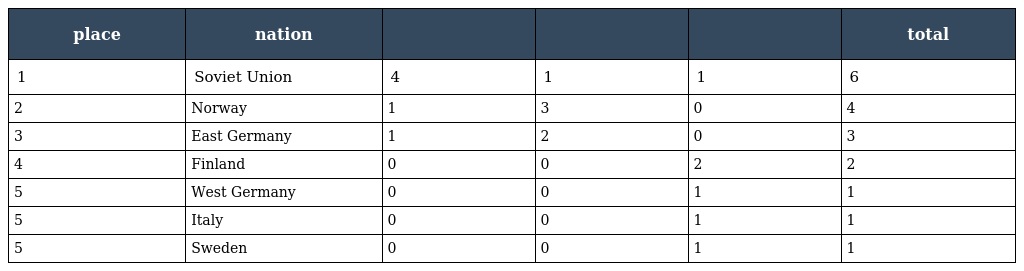
| place | nation |  |  |  | total |
 | --- | --- | --- | --- | --- | --- |
 | 1 | Soviet Union | 4 | 1 | 1 | 6 |
 | 2 | Norway | 1 | 3 | 0 | 4 |
 | 3 | East Germany | 1 | 2 | 0 | 3 |
 | 4 | Finland | 0 | 0 | 2 | 2 |
 | 5 | West Germany | 0 | 0 | 1 | 1 |
 | 5 | Italy | 0 | 0 | 1 | 1 |
 | 5 | Sweden | 0 | 0 | 1 | 1 |